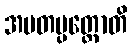
အမတပ္ပတ္တောတိ